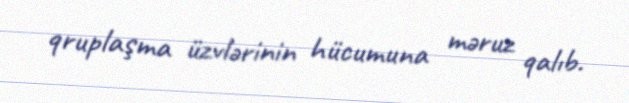
qruplaşma üzvlərinin hücumuna məruz qalıb.